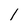
Character: l